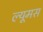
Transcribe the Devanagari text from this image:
ल्यूमस